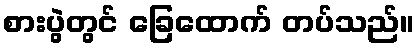
စားပွဲတွင် ခြေထောက် တပ်သည်။